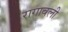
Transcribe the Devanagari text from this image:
रागावली